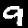
Label: 9